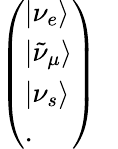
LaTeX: \left(\begin{array}{l}{{|\nu_{e}\rangle}}\\ {{|\tilde{\nu}_{\mu}\rangle}}\\ {{|\nu_{s}\rangle}}\\ {{.}}\end{array}\right)~~~